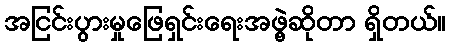
အငြင်းပွားမှုဖြေရှင်းရေးအဖွဲ့ဆိုတာ ရှိတယ်။